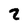
Character: 2